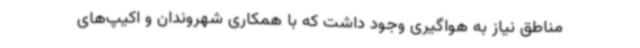
مناطق نیاز به هواگیری وجود داشت که با همکاری شهروندان و اکیپ‌های